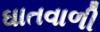
ઘાતવાળી